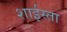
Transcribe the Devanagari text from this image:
शाईस्ता